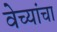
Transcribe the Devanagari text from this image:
वेच्यांचा